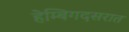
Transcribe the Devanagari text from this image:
हेम्बिगदसरात